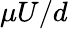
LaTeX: \mu U/d